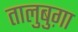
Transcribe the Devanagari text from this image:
तालुबुग़ा